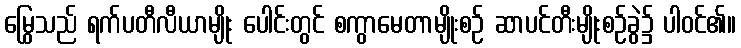
မြွေသည် ရက်ပတီလီယာမျိုး ပေါင်းတွင် စကွာမေတာမျိုးစဉ် ဆာပင်တီးမျိုးစဉ်ခွဲ၌ ပါဝင်၏။